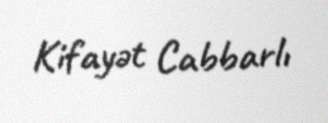
Kifayət Cabbarlı